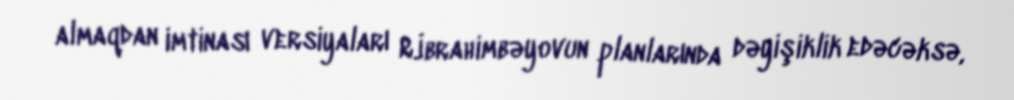
almaqdan imtinası versiyaları R.İbrahimbəyovun planlarında dəyişiklik edəcəksə,